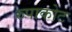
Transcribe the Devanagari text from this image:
रुपाकोट